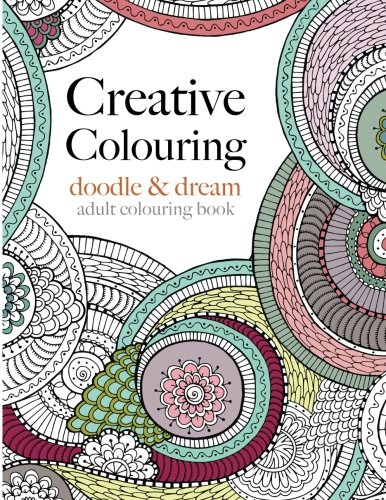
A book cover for Creative Colouring: doodle & dream: An intricate colouring book for grown ups; Christina Rose; Arts & Photography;